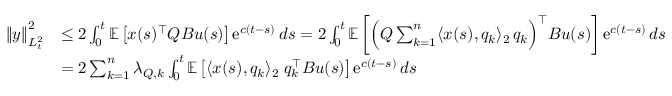
\begin{array} { r l } { \left\| y \right\| _ { L _ { t } ^ { 2 } } ^ { 2 } } & { \leq 2 \int _ { 0 } ^ { t } \mathbb E \left[ x ( s ) ^ { \top } Q B u ( s ) \right] \operatorname { e } ^ { c ( t - s ) } d s = 2 \int _ { 0 } ^ { t } \mathbb E \left[ \Big ( Q \sum _ { k = 1 } ^ { n } \langle x ( s ) , q _ { k } \rangle _ { 2 } \, q _ { k } \Big ) ^ { \top } B u ( s ) \right] \operatorname { e } ^ { c ( t - s ) } d s } \\ & { = 2 \sum _ { k = 1 } ^ { n } \lambda _ { Q , k } \int _ { 0 } ^ { t } \mathbb E \left[ \langle x ( s ) , q _ { k } \rangle _ { 2 } \; q _ { k } ^ { \top } B u ( s ) \right] \operatorname { e } ^ { c ( t - s ) } d s } \end{array}